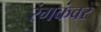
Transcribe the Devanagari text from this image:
रंगकंवर